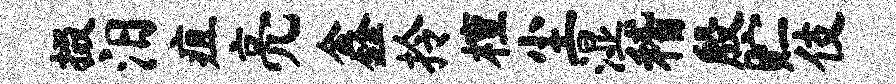
掇汨疽亮鑫拎檀尘湿稽殷贮伎